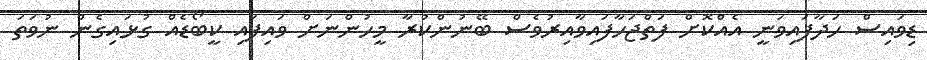
ޑިވައިސް ހަދާފައިވަނީ އެއްކޮށް ފަތްޖަހާފައިވާއިރުވެސް ބޭނުންކުރާ މީހުންނަށް ވައިފައި ކީބޯޑެއް ގުޅައިގެން ނުވަތަ